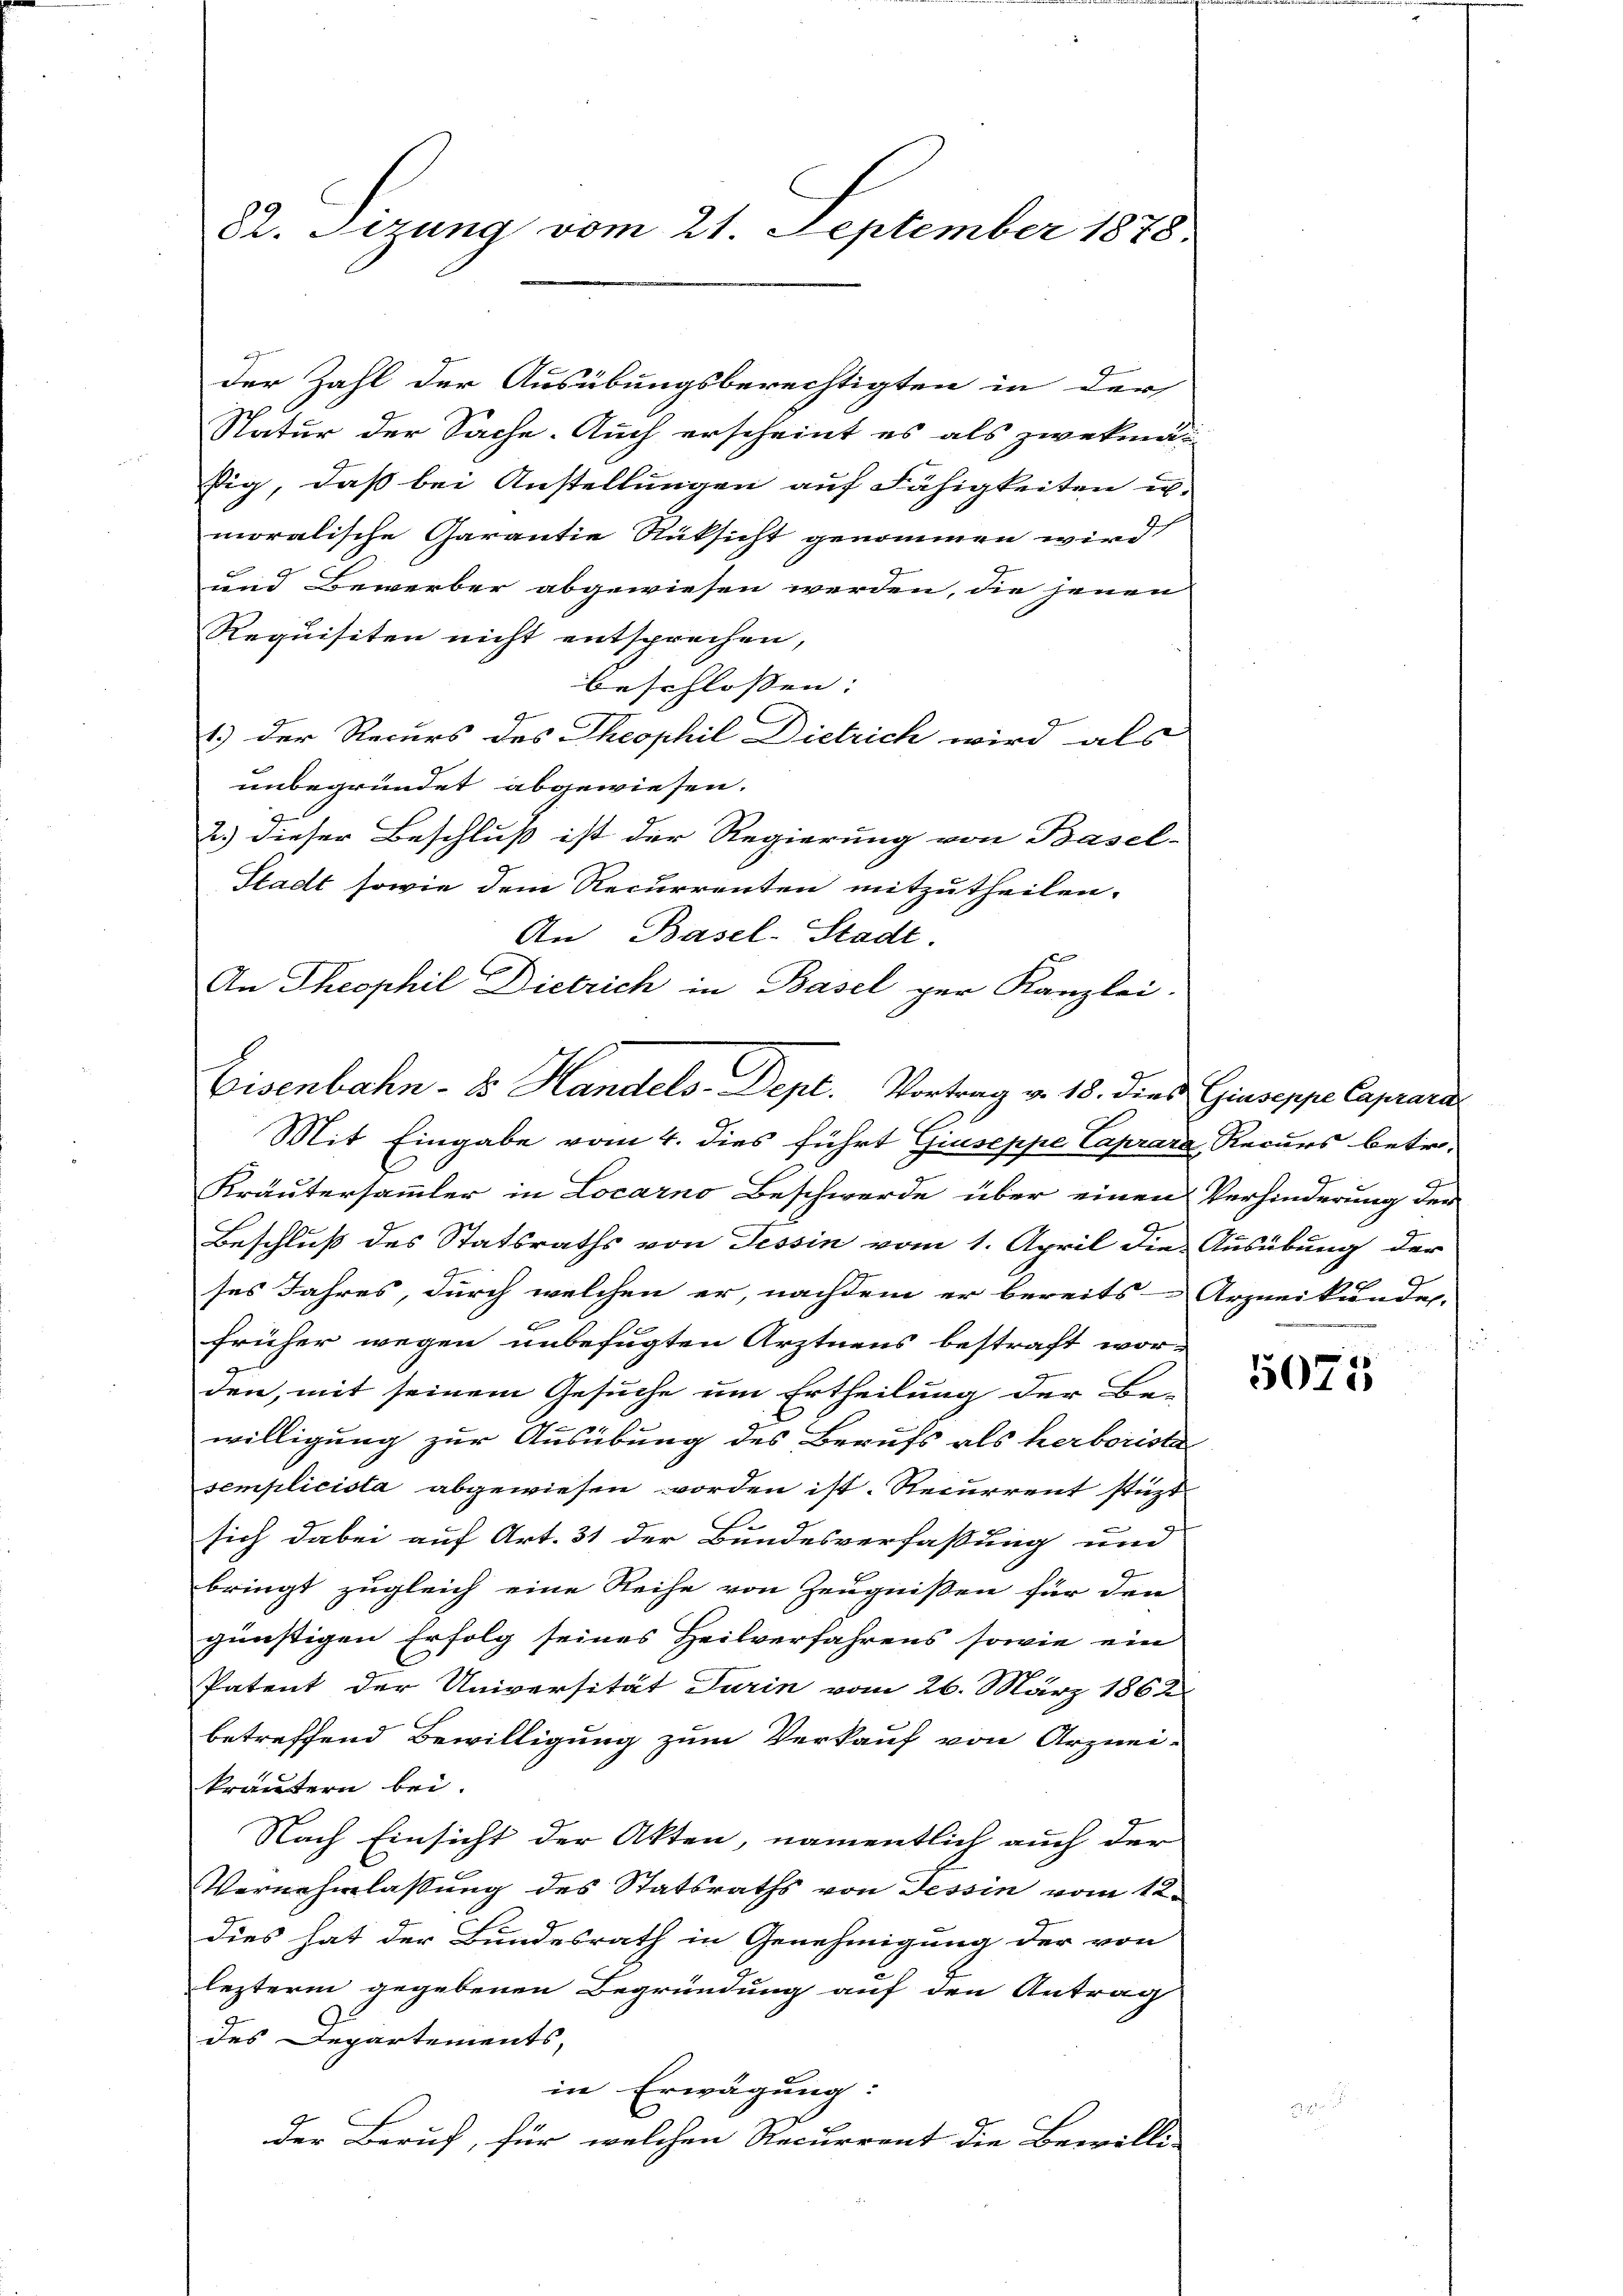
22. Sizung vom 21. September 1878.

der Zahl der Ausübungsberechtigten in der
Natur der Sache. Auch erscheint es als zwekmäsig, daß bei Anstellungen auf Fähigkeiten er-
moralische Garantie Rüksicht genommen wird,
und Bewerber abgewiesen werden, die jenen
Requisiten nicht entsprechen,
beschlossen: |
1.) Der Recurs des Theophil Dietrich wird als
unbegründet abgewiesen.
2.) Dieser Beschluß ist der Regierung von Basel-
Stadt sowie dem Recurrenten mitzutheilen.
An Basel-Stadt.
An Theophil Dietrich in Basel zur Kanzlei.
Mit Eingabe vom 4. dies führt Giuseppe Caprara Recurs betr.
Kräutersammler in Locarno Beschwerde über einen Verhinderung der
Beschluß des Statsraths von Tessin vom 1. April die Ausübung der
ses Jahres, durch welchen er, nachdem er bereits Arzneikundes-
e
e
früher wegen unbefugten Arztnens bestraft wor-
den, mit seinem Gesuche um Ertheilung der Be-
willigung zur Ausübung des Berufs als herboriste
semplicista abgewiesen worden ist. Recurrent stüzt
sich dabei auf Art. 31 der Bundesverfassung und
bringt zugleich eine Reihe von Zeugnißen für den
günstigen Erfolg seines Heilverfahrens sowie ein
Patent der Universität Turin vom 26. März 1862
betreffend Bewilligung zum Verkauf von Arznei-
kräutern bei.
Nach Einsicht der Akten, namentlich auch der
Vernehmlassung des Statsraths von Tessin vom 12.
dies hat der Bundesrath in Genehmigung der von
lezterm gegebenen Begründung auf den Antrag
des Departements,
in Erwägung:
der Beruf, für welchen Recurrent die Bewilli

Eisenbahn- & Handels-Dept. Vortrag v. 18. Dies Giuseppe Caprara

5075